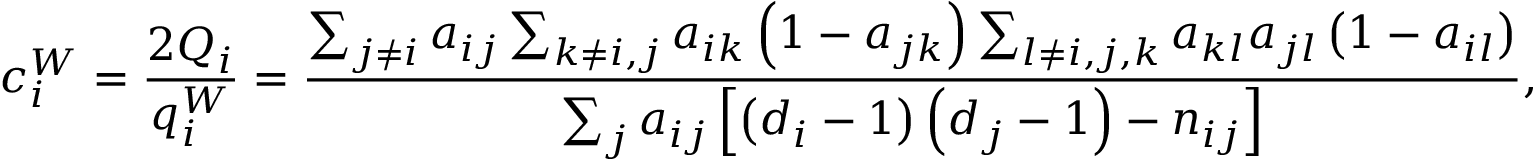
c _ { i } ^ { W } = \frac { 2 Q _ { i } } { q _ { i } ^ { W } } = \frac { \sum _ { j \neq i } a _ { i j } \sum _ { k \neq i , j } a _ { i k } \left( 1 - a _ { j k } \right) \sum _ { l \neq i , j , k } a _ { k l } a _ { j l } \left( 1 - a _ { i l } \right) } { \sum _ { j } a _ { i j } \left[ \left( d _ { i } - 1 \right) \left( d _ { j } - 1 \right) - n _ { i j } \right] } ,